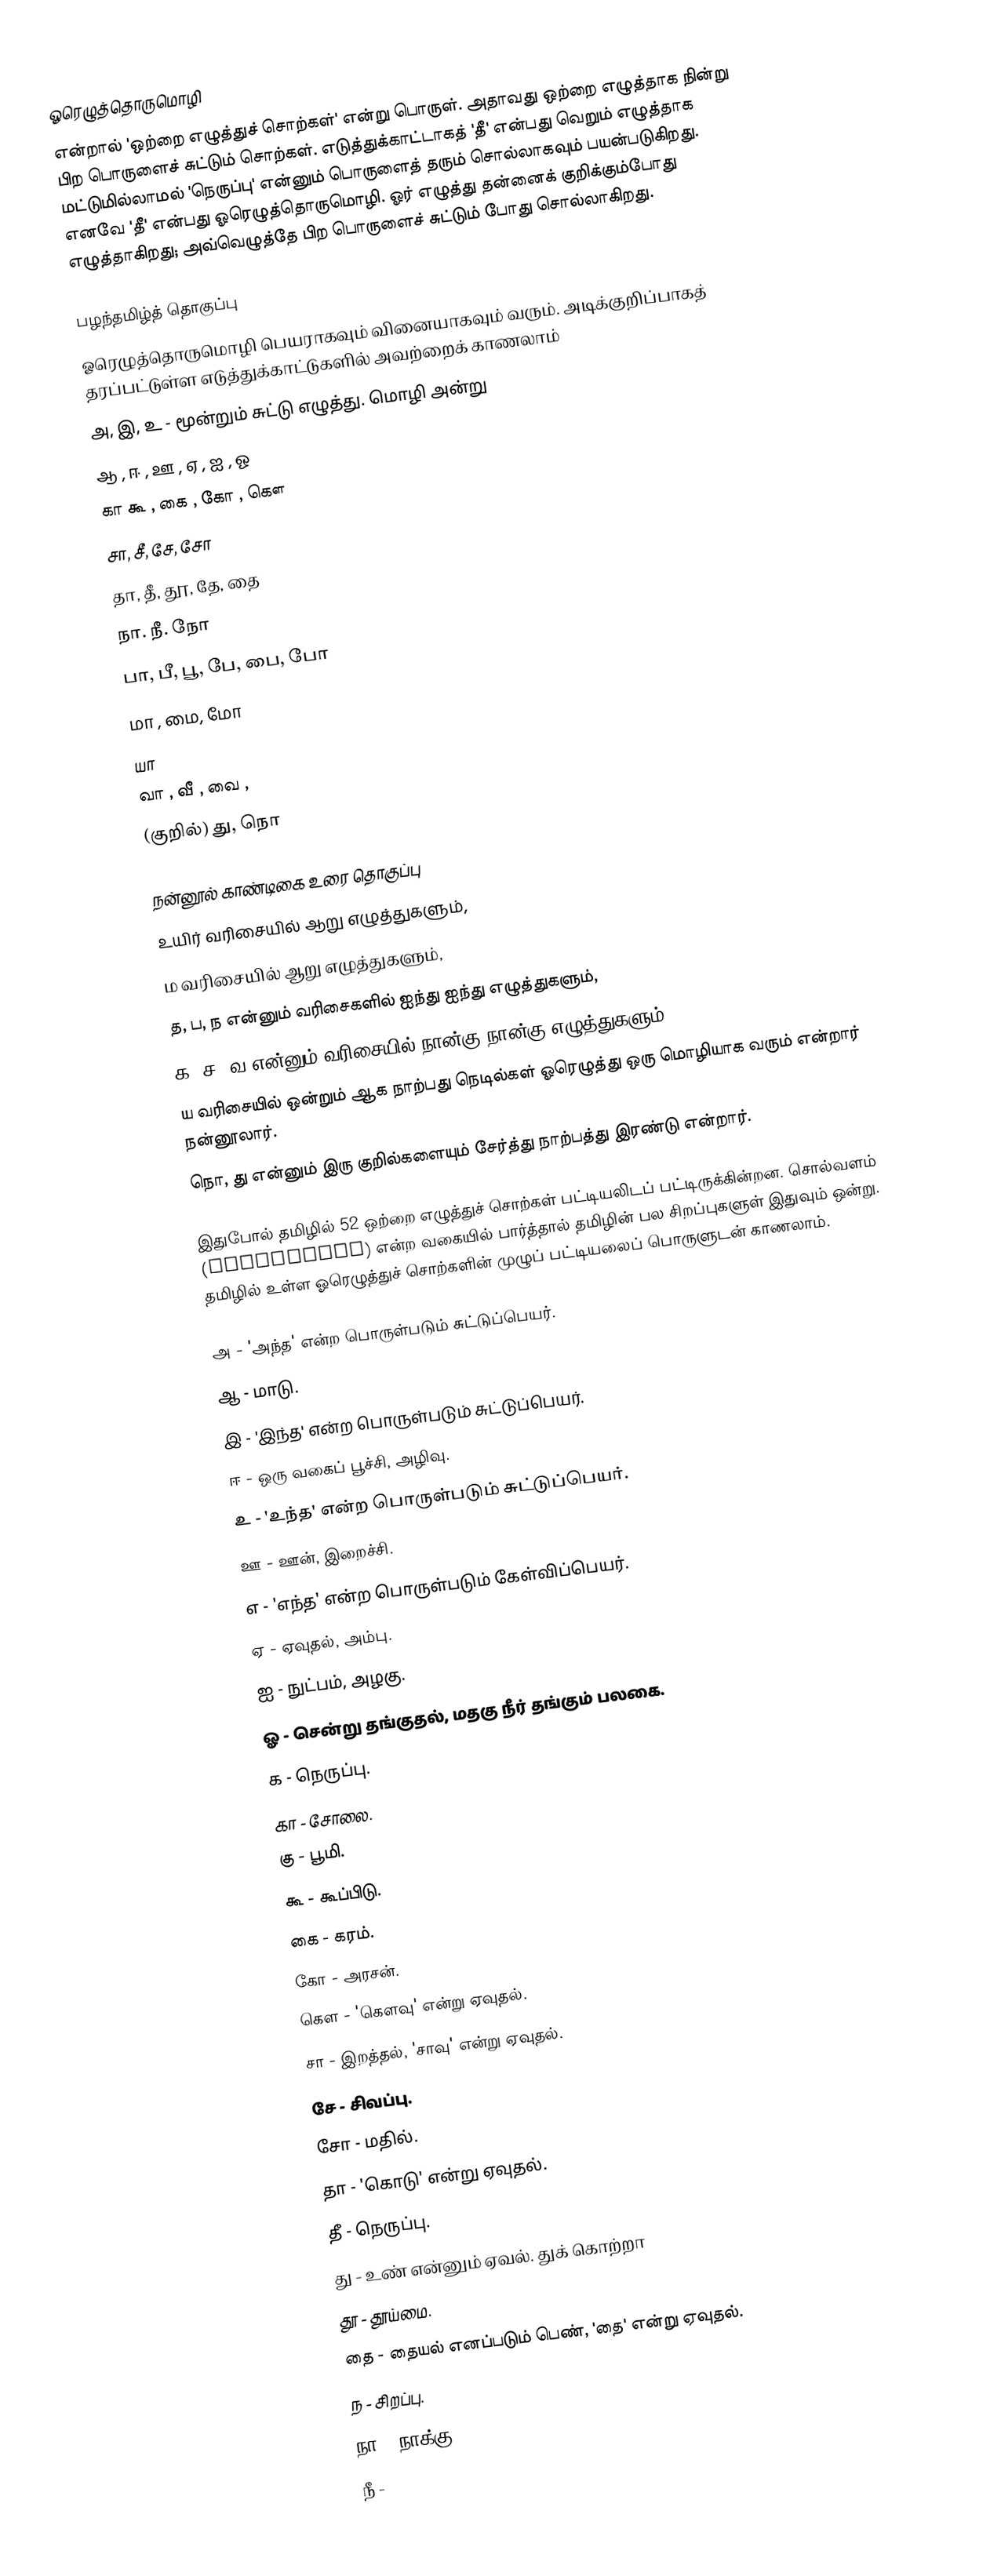
ஓரெழுத்தொருமொழி
என்றால் 'ஒற்றை எழுத்துச் சொற்கள்' என்று பொருள். அதாவது ஒற்றை எழுத்தாக நின்று பிற பொருளைச் சுட்டும் சொற்கள். எடுத்துக்காட்டாகத் 'தீ' என்பது வெறும் எழுத்தாக மட்டுமில்லாமல் 'நெருப்பு' என்னும் பொருளைத் தரும் சொல்லாகவும் பயன்படுகிறது. எனவே 'தீ' என்பது ஓரெழுத்தொருமொழி. ஓர் எழுத்து தன்னைக் குறிக்கும்போது எழுத்தாகிறது; அவ்வெழுத்தே பிற பொருளைச் சுட்டும் போது சொல்லாகிறது.

பழந்தமிழ்த் தொகுப்பு
ஓரெழுத்தொருமொழி பெயராகவும் வினையாகவும் வரும். அடிக்குறிப்பாகத் தரப்பட்டுள்ள எடுத்துக்காட்டுகளில் அவற்றைக் காணலாம்
 அ, இ, உ - மூன்றும் சுட்டு எழுத்து. மொழி அன்று
 ஆ , ஈ , ஊ , ஏ , ஐ , ஓ
 கா  கூ , கை , கோ , கௌ
 சா, சீ, சே, சோ
 தா, தீ, தூ, தே, தை
 நா. நீ. நோ
 பா, பீ, பூ, பே, பை, போ
 மா	, மை, மோ
 யா
 வா , வீ , வை ,
 (குறில்) து, நொ

நன்னூல் காண்டிகை உரை தொகுப்பு
 உயிர் வரிசையில் ஆறு எழுத்துகளும்,
 ம வரிசையில் ஆறு எழுத்துகளும்,
 த, ப, ந என்னும் வரிசைகளில் ஐந்து ஐந்து எழுத்துகளும்,
 க, ச, வ என்னும் வரிசையில் நான்கு நான்கு எழுத்துகளும்,
 ய வரிசையில் ஒன்றும் ஆக நாற்பது நெடில்கள் ஓரெழுத்து ஒரு மொழியாக வரும் என்றார் நன்னூலார்.
 நொ, து என்னும்  இரு குறில்களையும் சேர்த்து நாற்பத்து இரண்டு என்றார்.

இதுபோல் தமிழில் 52 ஒற்றை எழுத்துச் சொற்கள் பட்டியலிடப் பட்டிருக்கின்றன. சொல்வளம் (vocabulary) என்ற வகையில் பார்த்தால் தமிழின் பல சிறப்புகளுள்  இதுவும் ஒன்று. தமிழில் உள்ள ஓரெழுத்துச் சொற்களின் முழுப் பட்டியலைப் பொருளுடன் காணலாம்.

 அ - 'அந்த' என்ற பொருள்படும் சுட்டுப்பெயர்.
 ஆ - மாடு.
 இ - 'இந்த' என்ற பொருள்படும் சுட்டுப்பெயர்.
 ஈ - ஒரு வகைப் பூச்சி, அழிவு.
 உ - 'உந்த' என்ற பொருள்படும் சுட்டுப்பெயர்.
 ஊ - ஊன், இறைச்சி.
 எ - 'எந்த' என்ற பொருள்படும் கேள்விப்பெயர்.
 ஏ - ஏவுதல், அம்பு.
 ஐ - நுட்பம், அழகு.
 ஓ - சென்று தங்குதல், மதகு நீர் தங்கும் பலகை.
 க - நெருப்பு.
 கா - சோலை.
 கு - பூமி.
 கூ - கூப்பிடு.
 கை - கரம்.
 கோ - அரசன்.
 கௌ - 'கௌவு' என்று ஏவுதல்.
 சா - இறத்தல், 'சாவு' என்று ஏவுதல்.
 சே - சிவப்பு.
 சோ - மதில்.
 தா - 'கொடு' என்று ஏவுதல்.
 தீ - நெருப்பு.
 து - உண் என்னும் ஏவல். துக் கொற்றா
 தூ - தூய்மை.
 தை - தையல் எனப்படும் பெண், 'தை' என்று ஏவுதல்.
 ந - சிறப்பு.
 நா - நாக்கு.
 நீ -